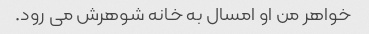
خواهر من او امسال به خانه شوهرش می رود.